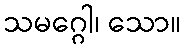
သမဂ္ဂေါ၊ သော။